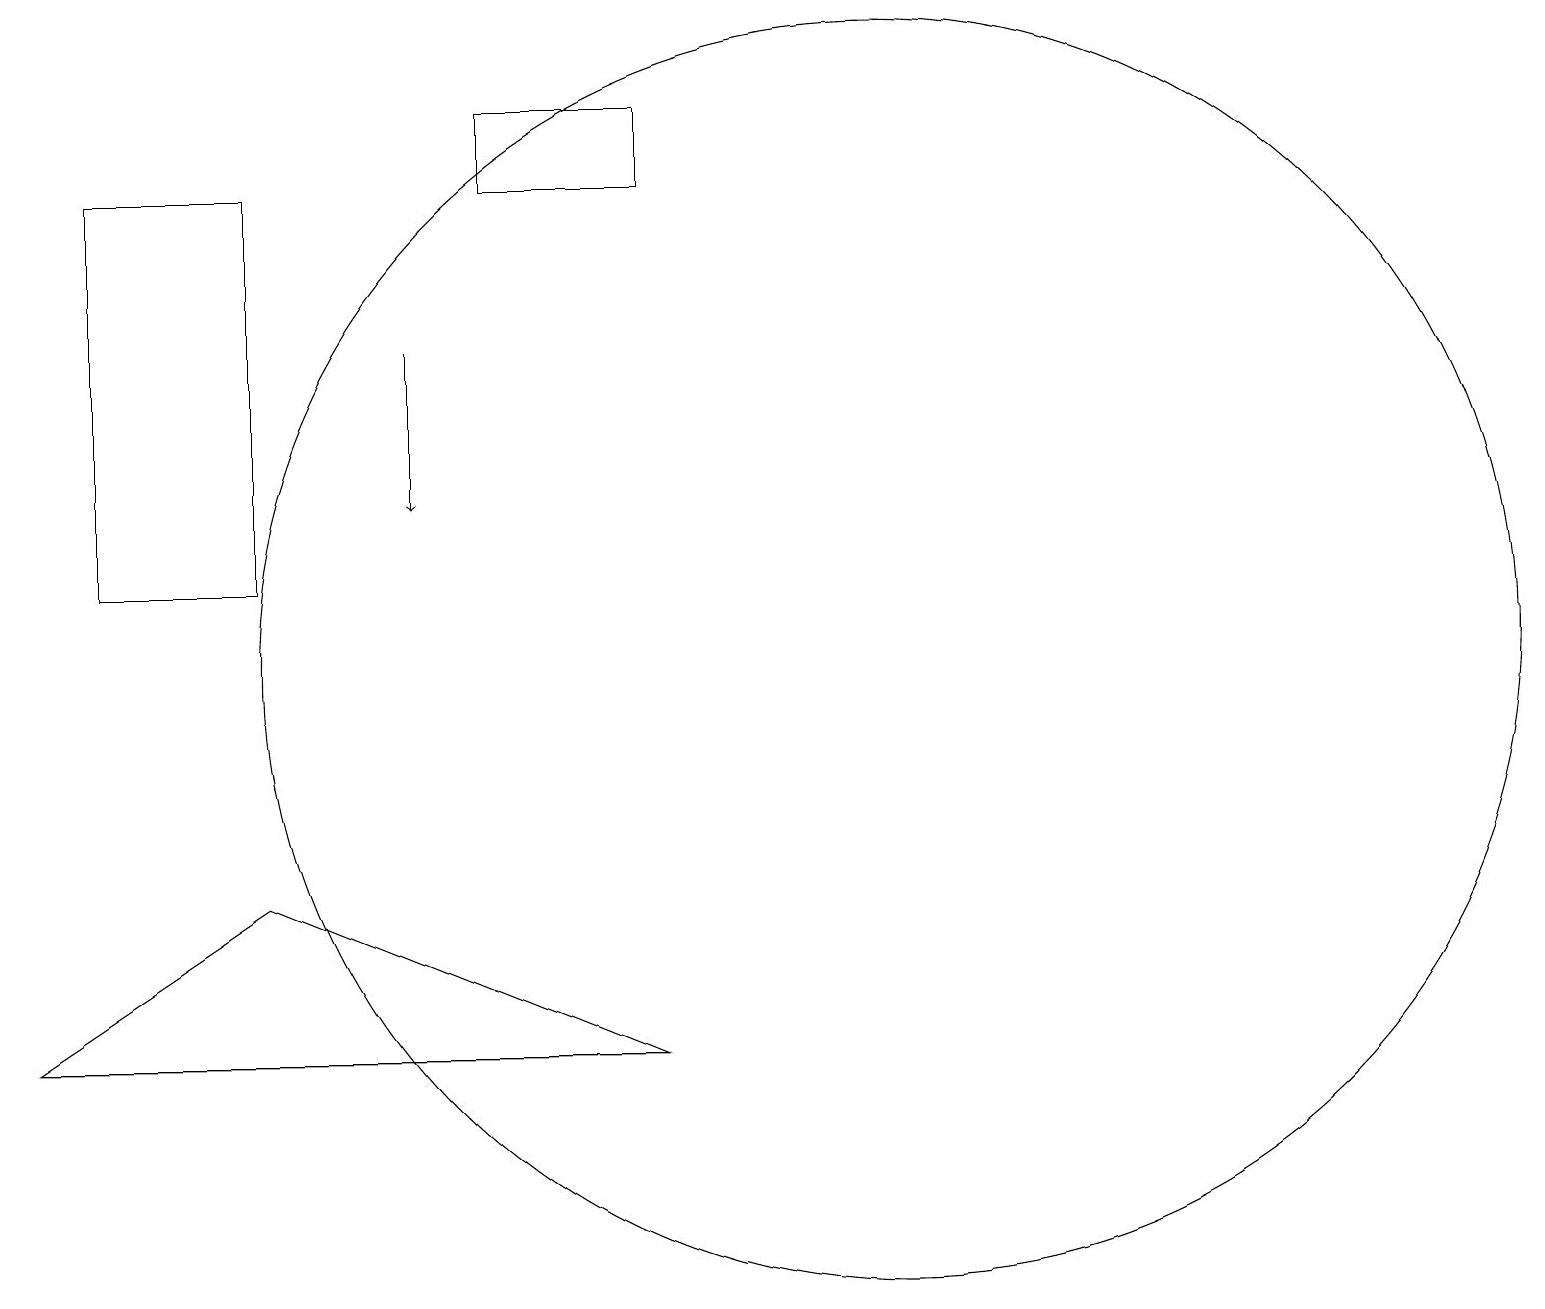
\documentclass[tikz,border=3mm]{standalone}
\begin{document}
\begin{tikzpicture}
\draw (11,11) circle (8);
\draw[->] (5,15) -- (5,13);
\draw (0,6) -- (3,8) -- (8,6) -- cycle;
\draw (6,18) rectangle (8,17);
\draw (1,12) rectangle (3,17);
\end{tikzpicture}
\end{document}